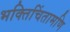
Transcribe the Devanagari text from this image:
भक्तिचिंतामणि